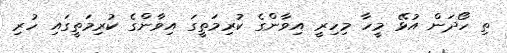
ތި ހޯދަން އުޅޭ މީހާ މިހިރީ އިވާންގެ ކުރިމަތީގަ އިވާންގެ ކުރިމަތީގައި ހުރި